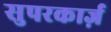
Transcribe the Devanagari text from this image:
सुपरकार्ज़